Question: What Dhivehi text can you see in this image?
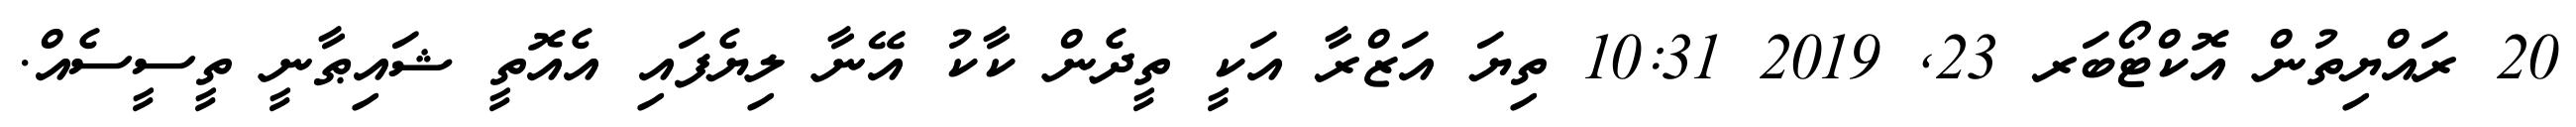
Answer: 20 ރައްޔިތުން އޮކްޓޯބަރ 23, 2019 10:31 ތިޔަ އަޒްރާ އަކީ ތީދެން ކާކު އޭނާ ލިޔެފައި އެއޮތީ ޝައިޠާނީ ތީސީސެއް.